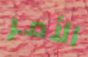
الأمر